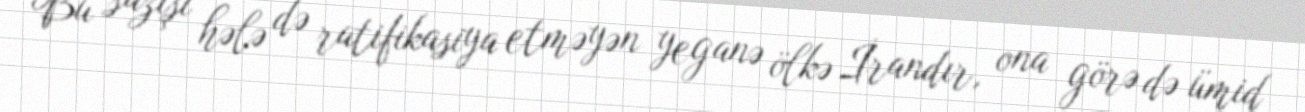
Bu sazişi hələ də ratifikasiya etməyən yeganə ölkə İrandır, ona görə də ümid